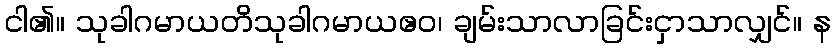
ငါ၏။ သုခါဂမာယတိသုခါဂမာယဧဝ၊ ချမ်းသာလာခြင်းငှာသာလျှင်။ န